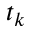
t _ { k }